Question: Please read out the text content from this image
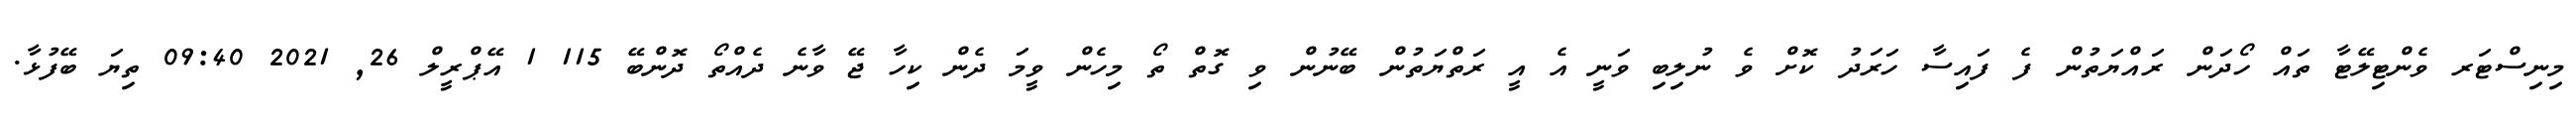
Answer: މިނިސްޓަރ ވެންޓިލޭޓާ ތައް ހޯދަން ރައްޔަތުން ފެ ފައިސާ ހަރަދު ކޮށް ވެ ނުލިބި ވަނީ އެ އީ ރަތްޔަތުން ބޭނުން ވި ގޮތް ތޯ މިހެން ވީމަ ދެން ކިހާ ޖޭ ވާނެ ދެއްތޯ ދޮންބޭ 115 1 އޭޕްރީލް 26, 2021 09:40 ތިޔަ ބޭފުޅާ.